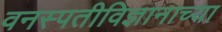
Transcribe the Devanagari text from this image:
वनस्पतीविज्ञानाच्या